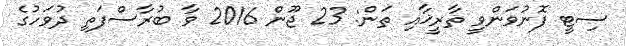
ސިޓީ ފޮނުވަންވީ ތާރީޚާއި ތަން: 23 ޖޫން 2016 ވާ ބުރާސްފަތި ދުވަހުގެ